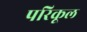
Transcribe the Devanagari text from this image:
परिकूल